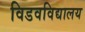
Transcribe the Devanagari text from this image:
विडवविद्यालय